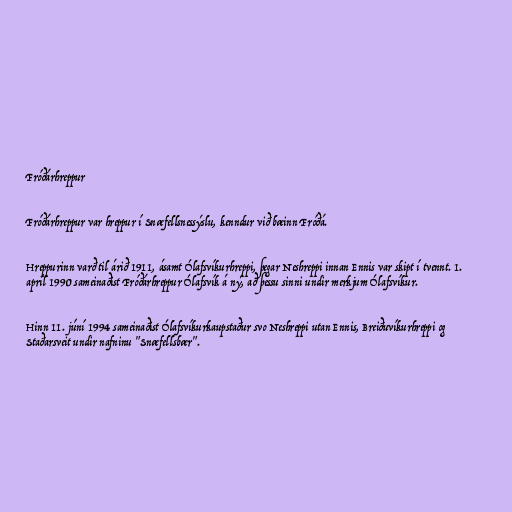
Fróðárhreppur

Fróðárhreppur var hreppur í Snæfellsnessýslu, kenndur við bæinn Fróðá.

Hreppurinn varð til árið 1911, ásamt Ólafsvíkurhreppi, þegar Neshreppi innan Ennis var skipt í tvennt. 1.
apríl 1990 sameinaðist Fróðárhreppur Ólafsvík á ný, að þessu sinni undir merkjum Ólafsvíkur.

Hinn 11. júní 1994 sameinaðist Ólafsvíkurkaupstaður svo Neshreppi utan Ennis, Breiðuvíkurhreppi og
Staðarsveit undir nafninu "Snæfellsbær".